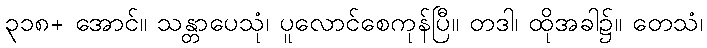
၃၁၈+ အောင်။ သန္တာပေသုံ၊ ပူလောင်စေကုန်ပြီ။ တဒါ၊ ထိုအခါ၌။ တေသံ၊